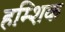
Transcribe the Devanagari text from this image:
हम्शिक